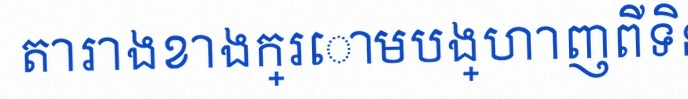
តារាងខាងក្រោមបង្ហាញពីទិន្នន័យ